Civil Veterinary Dept. Bombay admin report 1893-99 - 1893-1899
Year: 1893
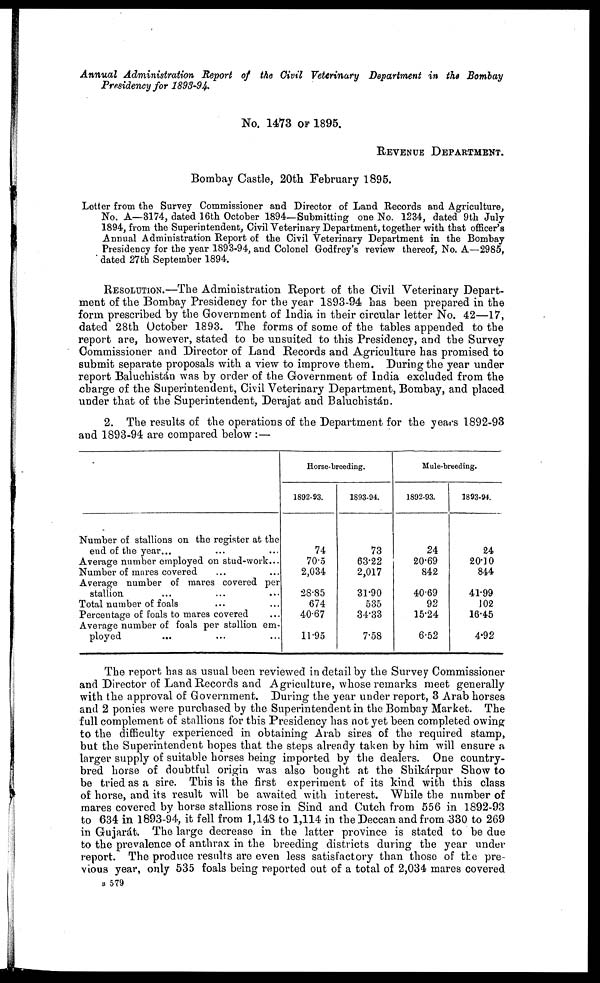
Annual Administration Report of the Civil Veterinary Department in the Bombay
Presidency for 1893-94.
No. 1473 OF 1895.
REVENUE
DEPARTMENT
Bombay Castle, 20th February 1895.
Letter from the Survey Commissioner and Director of Land Records and Agriculture,
No. A—3174, dated 16th October 1894— Submitting one No. 1234, dated 9th July
1894, from the Superintendent, Civil Veterinary Department, together with that officer's
Annual Administration Report of the Civil Veterinary Department in the Bombay
Presidency for the year 1893-94, and Colonel Godfrey's review thereof, No. A—2985,
dated 27th September 1894.
RESOLUTION.—The Administration Report of the Civil Veterinary Depart-
ment of the Bombay Presidency for the year 1893-94 has been prepared in the
form prescribed by the Government of India in their circular letter No. 42—17,
dated 28th October 1893. The forms of some of the tables appended to the
report are, however, stated to be unsuited to this Presidency, and the Survey
Commissioner and Director of Land Records and Agriculture has promised to
submit separate proposals with a view to improve them. During the year under
report Baluchistán was by order of the Government of India excluded from the
charge of the Superintendent, Civil Veterinary Department, Bombay, and placed
under that of the Superintendent, Derajat and Baluchistán.
2. The results of the operations of the Department for the years 1892-93
and 1893-94 are compared below :—
Number of stallions on the register at the
end of the year...
Average number employed on stud-work...
Number of mares covered ... ...
Average number of mares covered per
stallion ... ... ...
Total number of foals
Percentage of foals to mares covered
Average number of foals per stallion em-
ployed
Horse-breeding.
1892-93.
74
70.5
2,034
28.85
674
40.67
11.95
1893-94.
73
63.22
2,017
31.90
535
34.33
7.58
Mule-breeding.
1892-93.
24
20.69
842
40.69
92
15.24
6.52
1893.94.
24
20.10
844
41.99
102
16.45
4.92
The report has as usual been reviewed in detail by the Survey Commissioner
and Director of Land Records and Agriculture, whose remarks meet generally
with the approval of Government. During the year under report, 3 Arab horses
and 2 ponies were purchased by the Superintendent in the Bombay Market. The
full complement of stallions for this Presidency has not yet been completed owing
to the difficulty experienced in obtaining Arab sices of the required stamp,
but the Superintendent hopes that the steps already taken by him will ensure a
larger supply of suitable horses being imported by the dealers. One country-
bred horse of doubtful origin was also bought at the Shikárpur Show to
be tried as a sire. This is the first experiment of its kind with this class
of horse, and its result will be awaited with interest. While the number of
mares covered by horse stallions rose in Sind and Cutch from 556 in 1892-93
to 634 in 1893-94, it fell from 1,143 to 1,114 in the Deccan and from 330 to 269
in Gujarát. The large decrease in the latter province is stated to be due
to the prevalence of anthrax in the breeding districts during the year under
report. The produce results are even less satisfactory than those of the pre-
vious year, only 535 foals being reported out of a total of 2,034 mares covered
B 579